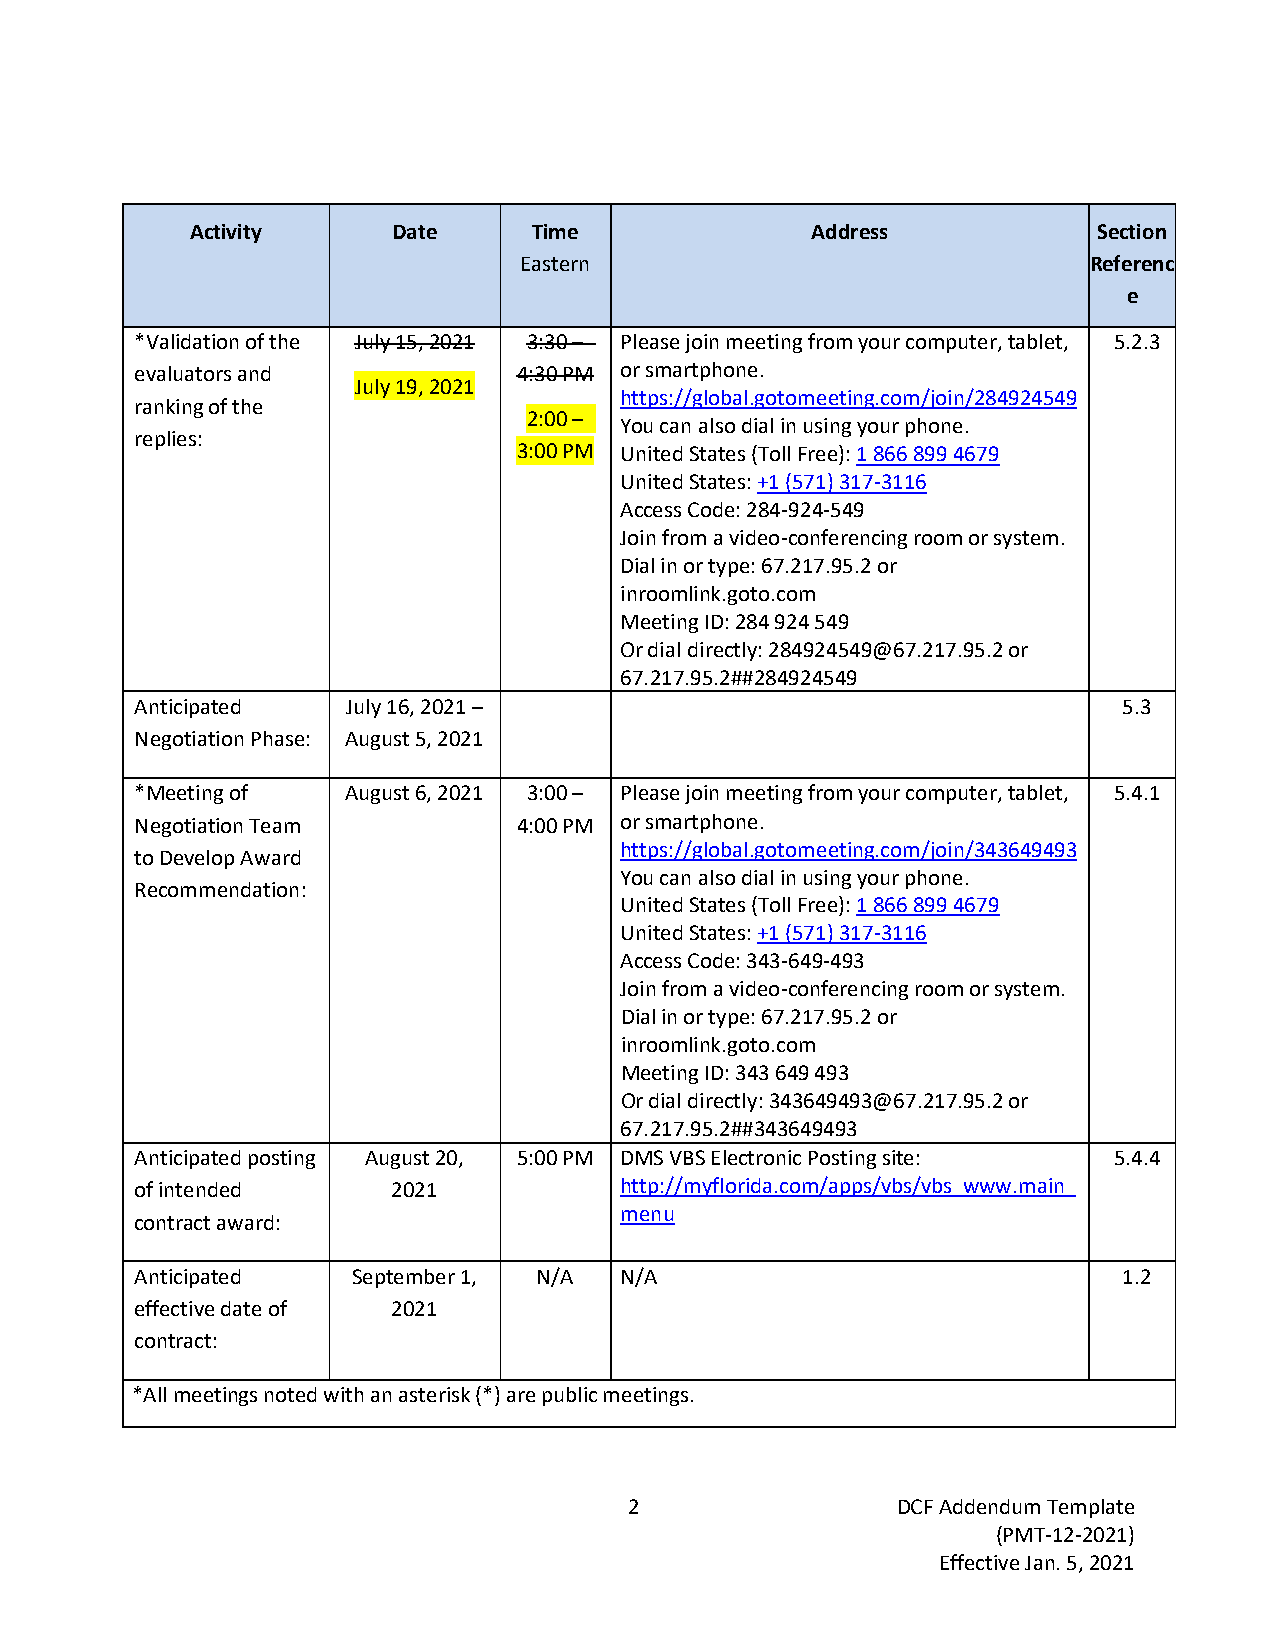
Activity     Date     Time               Address            Section
 Eastern                               Referenc
 e
 *Validation of the July 15, 2021 3:30 – Please join meeting from your computer, tablet, 5.2.3
 evaluators and           4:30 PM or smartphone.
 July 19, 2021
 https://global.gotomeeting.com/join/284924549
 ranking of the
 2:00 –
 You can also dial in using your phone.
 replies:
 3:00 PM United States (Toll Free): 1 866 899 4679
 United States: +1 (571) 317-3116
 Access Code: 284-924-549
 Join from a video-conferencing room or system.
 Dial in or type: 67.217.95.2 or
 inroomlink.goto.com
 Meeting ID: 284 924 549
 Or dial directly: 284924549@67.217.95.2 or
 67.217.95.2##284924549
 Anticipated   July 16, 2021 –                                    5.3
 Negotiation Phase: August 5, 2021
 *Meeting of   August 6, 2021 3:00 – Please join meeting from your computer, tablet, 5.4.1
 Negotiation Team         4:00 PM or smartphone.
 https://global.gotomeeting.com/join/343649493
 to Develop Award
 You can also dial in using your phone.
 Recommendation:
 United States (Toll Free): 1 866 899 4679
 United States: +1 (571) 317-3116
 Access Code: 343-649-493
 Join from a video-conferencing room or system.
 Dial in or type: 67.217.95.2 or
 inroomlink.goto.com
 Meeting ID: 343 649 493
 Or dial directly: 343649493@67.217.95.2 or
 67.217.95.2##343649493
 Anticipated posting August 20, 5:00 PM DMS VBS Electronic Posting site: 5.4.4
 of intended      2021           http://myflorida.com/apps/vbs/vbs_www.main_
 menu
 contract award:
 Anticipated   September 1, N/A  N/A                              1.2
 effective date of 2021
 contract:
 *All meetings noted with an asterisk (*) are public meetings.
 2                DCF Addendum Template
 (PMT-12-2021)
 Effective Jan. 5, 2021